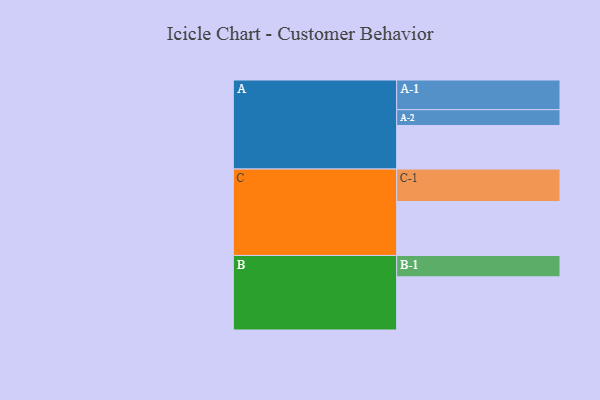
{"axis": {"x": "Segment", "y": "Value"}, "legend": ["", "A", "B", "C"], "data": [{"x": "A", "y": 345, "type": ""}, {"x": "B", "y": 421, "type": ""}, {"x": "C", "y": 427, "type": ""}, {"x": "A-1", "y": 235, "type": "A"}, {"x": "A-2", "y": 125, "type": "A"}, {"x": "B-1", "y": 169, "type": "B"}, {"x": "C-1", "y": 257, "type": "C"}]}